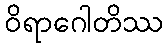
ဝိရာဂေါတိဿ